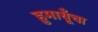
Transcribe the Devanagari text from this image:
हुमायूँचा